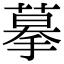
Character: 摹